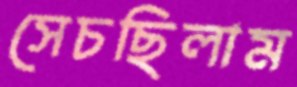
সেচছিলাম